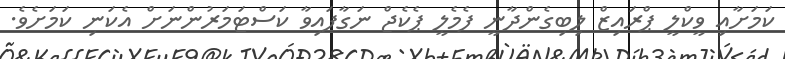
ކަމަށާއި ވީކްލީ ޕްރައިޒް ލިބިގެންދާނީ ފެމެލީ ޕެކެޖް ނަގާފައިވާ ކަސްޓަމަރުންނަށް އެކަނި ކަމަށެވެ.